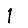
Digit: 1